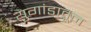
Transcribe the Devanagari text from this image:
युगांडातून